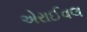
એરાઈવલ